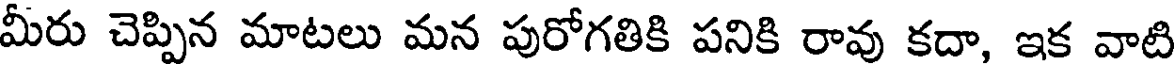
మీరు చెప్పిన మాటలు మన పురోగతికి పనికి రావు కదా, ఇక వాటి